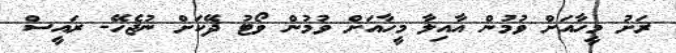
ރަށު މީހާއަށް ވުމުން އާއިލާ މީހާއަށް ވުމުން ވޯޓު ދޭކަށް ނުޖެހޭ- ރައީސް